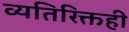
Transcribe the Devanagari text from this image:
व्यतिरिक्तही